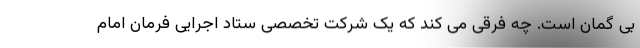
بی گمان است. چه فرقی می کند که یک شرکت تخصصیِ ستاد اجرایی فرمان امام